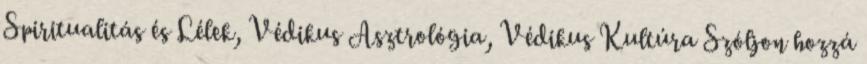
Spiritualitás és Lélek, Védikus Asztrológia, Védikus Kultúra Szóljon hozzá